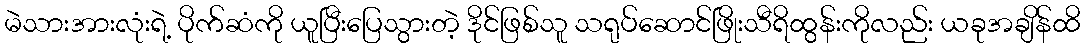
မဲသားအားလုံးရဲ့ ပိုက်ဆံကို ယူပြီးပြေသွားတဲ့ ဒိုင်ဖြစ်သူ သရုပ်ဆောင်ဖြိုးသီရိထွန်းကိုလည်း ယခုအချိန်ထိ